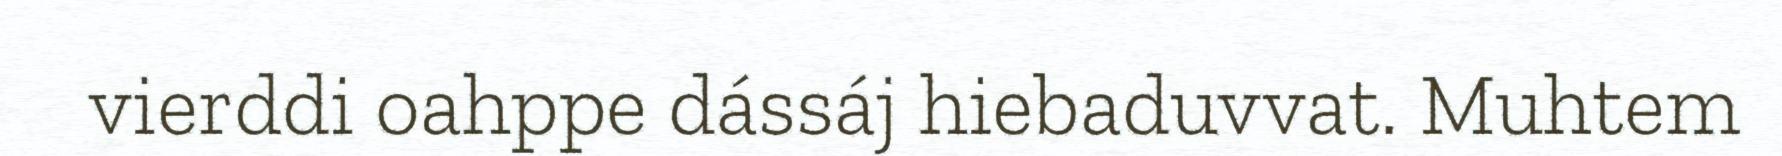
vierddi oahppe dássáj hiebaduvvat. Muhtem